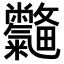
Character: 𣀽